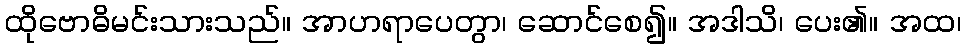
ထိုဗောဓိမင်းသားသည်။ အာဟရာပေတွာ၊ ဆောင်စေ၍။ အဒါသိ၊ ပေး၏။ အထ၊